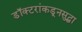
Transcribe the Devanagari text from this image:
डॉक्टरांकडूनसुद्धा